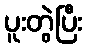
ပူးတွဲပြီး